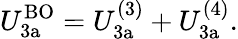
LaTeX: U_{\mathrm{3a}}^{\mathrm{BO}}=U_{\mathrm{3a}}^{(3)}+U_{\mathrm{3a}}^{(4)}.